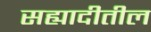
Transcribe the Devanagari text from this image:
सह्यादीतील